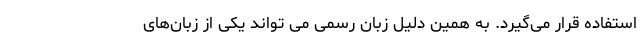
استفاده قرار می‌گیرد. به همین دلیل زبان رسمی می تواند یکی از زبان‌های